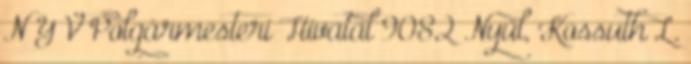
N Y V Polgármesteri Hivatal 9082 Nyúl, Kossuth L.